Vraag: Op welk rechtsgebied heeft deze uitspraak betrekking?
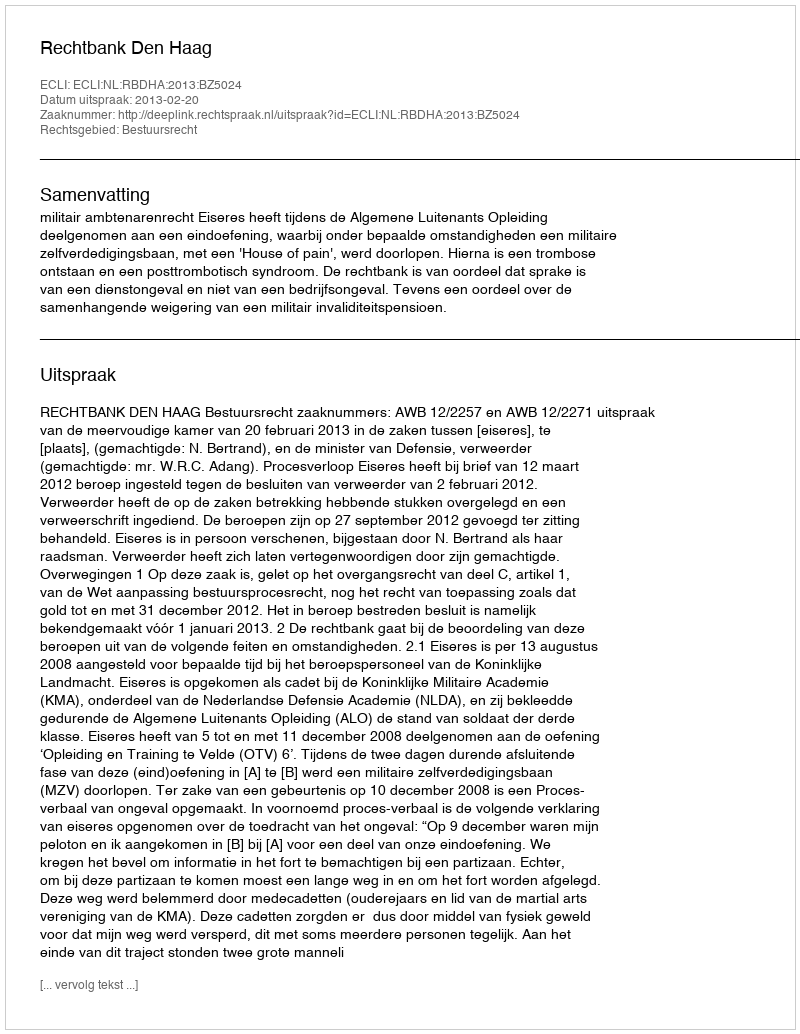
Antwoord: Bestuursrecht